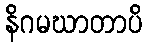
နိဂမဃာတာပိ